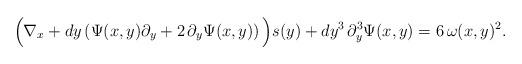
LaTeX: \begin{align*}&\Big(\nabla_x + dy \left(\Psi(x,y) \partial_y +2 \,\partial_y\Psi(x,y) \right)\Big) s(y)+ dy^3\,\partial_y^3\Psi(x,y)=6\,\omega(x,y)^2.\end{align*}